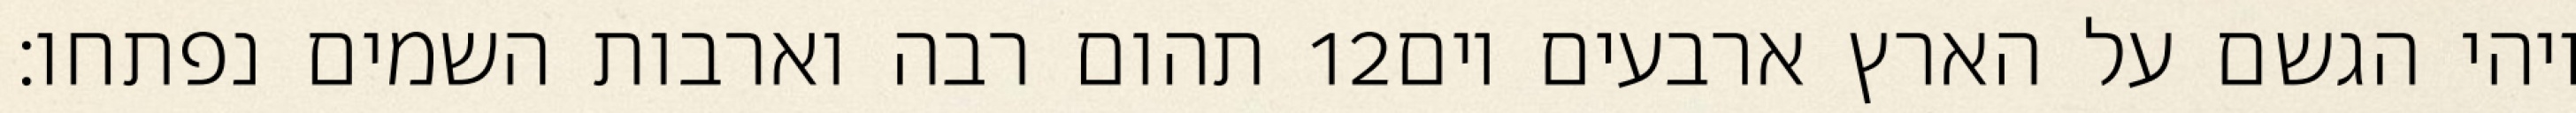
תהום רבה וארבות השמים נפתחו׃ ‎12‏ ויהי הגשם על הארץ ארבעים יום